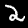
Digit: 2